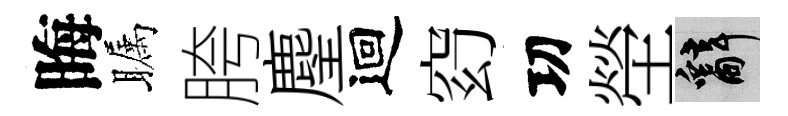
晦瞩胯麈迴𥥆㓛塋辭